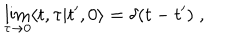
\lim _ { \tau \rightarrow 0 } \langle t , \tau \vert t ^ { \prime } , 0 \rangle = \delta ( t - t ^ { \prime } ) \; ,